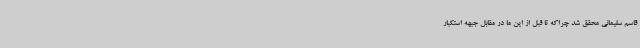
قاسم سلیمانی محقق شد چراکه تا قبل از این ما در مقابل جبهه استکبار